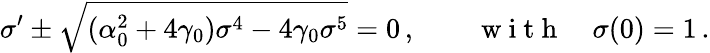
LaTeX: \sigma^{\prime}\pm\sqrt{(\alpha_{0}^{2}+4\gamma_{0})\sigma^{4}-4\gamma_{0}\sigma^{5}}=0\, ,\qquad\mathrm{~w~i~t~h~}\quad\sigma(0)=1\, .